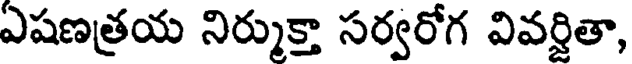
ఎషణత్రయ నిర్ముక్తా సర్వరోగ వివర్షితా,